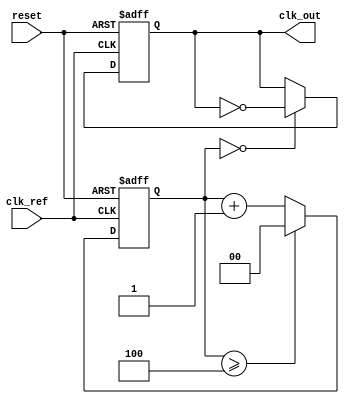
module high_performance_PLL (
    input wire clk_ref,         // Reference clock input
    input wire reset,           // Reset signal
    output reg clk_out          // Output clock
);

// Parameters
parameter DIV_FACTOR = 4;     // Frequency divider factor
parameter VCO_MAX_FREQ = 100; // Max VCO frequency in MHz
parameter VCO_MIN_FREQ = 10;  // Min VCO frequency in MHz

// Internal signals
reg [1:0] phase_error;         // Phase error signal from PD
reg [7:0] control_voltage;      // Control voltage for VCO
reg [7:0] vco_freq;            // Current frequency of VCO
reg [1:0] feedback;            // Feedback from frequency divider
reg [3:0] lock_time_counter;   // Lock time counter

// Phase Detector (PD)
always @(posedge clk_ref or posedge reset) begin
    if (reset) begin
        phase_error <= 2'b00;
    end else begin
        // Simple phase detection logic
        // Compare clk_ref with feedback clock
        if (clk_ref && !feedback) begin
            phase_error <= 2'b01; // Reference is ahead
        end else if (!clk_ref && feedback) begin
            phase_error <= 2'b10; // Feedback is ahead
        end else begin
            phase_error <= 2'b00; // In phase
        end
    end
end

// Loop Filter (LF)
always @(posedge clk_ref or posedge reset) begin
    if (reset) begin
        control_voltage <= 8'b0;
    end else begin
        // Simple proportional control for the loop filter
        case (phase_error)
            2'b01: control_voltage <= control_voltage + 1; // Increase voltage
            2'b10: control_voltage <= control_voltage - 1; // Decrease voltage
            default: control_voltage <= control_voltage;    // Maintain voltage
        endcase
    end
end

// Voltage-Controlled Oscillator (VCO)
always @(posedge clk_ref or posedge reset) begin
    if (reset) begin
        vco_freq <= VCO_MIN_FREQ; // Start at minimum frequency
    end else begin
        // Adjust VCO frequency based on control voltage
        if (control_voltage > 128) begin
            vco_freq <= VCO_MAX_FREQ; // Max frequency
        end else if (control_voltage < 128) begin
            vco_freq <= VCO_MIN_FREQ; // Min frequency
        end else begin
            vco_freq <= (VCO_MAX_FREQ + VCO_MIN_FREQ) / 2; // Mid frequency
        end
    end
end

// Frequency Divider
always @(posedge clk_ref or posedge reset) begin
    if (reset) begin
        feedback <= 2'b00;
    end else begin
        // Simple frequency divider logic
        feedback <= feedback + 1;
        if (feedback >= DIV_FACTOR) begin
            feedback <= 2'b00; // Reset feedback after division
        end
    end
end

// Output Buffer
always @(posedge clk_ref or posedge reset) begin
    if (reset) begin
        clk_out <= 1'b0;
    end else begin
        // Generate output clock based on VCO frequency
        clk_out <= (feedback == 2'b00) ? ~clk_out : clk_out; // Toggle output clock
    end
end

endmodule